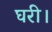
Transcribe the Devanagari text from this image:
घरी।